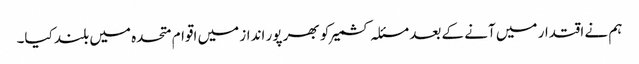
ہم نے اقتدار میں آنے کے بعد مسئلہ کشمیر کو بھر پور انداز میں اقوام متحدہ میں بلند کیا۔